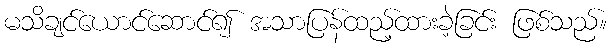
မသိချင်ယောင်ဆောင်၍ အသာပြန်ထည့်ထားခဲ့ခြင်း ဖြစ်သည်။